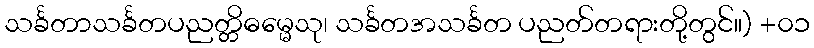
သင်္ခတာသင်္ခတပညတ္တိဓမ္မေသု၊ သင်္ခတအသင်္ခတ ပညတ်တရားတို့တွင်။) +၀၁